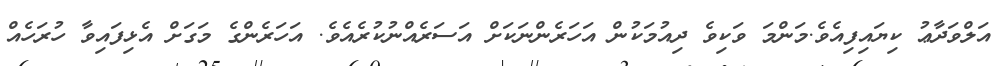
އަލްވަދާޢު ކިޔައިފިއެވެ.މަންމަ ވަކިވެ ދިއުމަކުން އަހަރެންނަކަށް އަސަރެއްނުކުރެއެވެ. އަހަރެންގެ މަގަށް އެޅިފައިވާ ހުރަހެއް